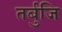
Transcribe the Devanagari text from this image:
तर्बुजि